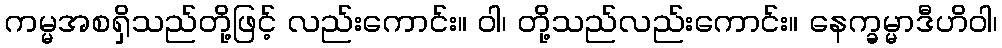
ကမ္မအစရှိသည်တို့ဖြင့် လည်းကောင်း။ ဝါ၊ တို့သည်လည်းကောင်း။ နေက္ခမ္မာဒီဟိဝါ၊